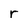
Character: r